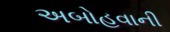
અબોહવાની